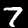
Digit: 7